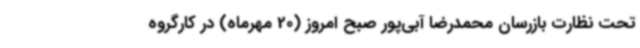
تحت نظارت بازرسان محمدرضا آبی‌پور صبح امروز (20 مهرماه) در کارگروه